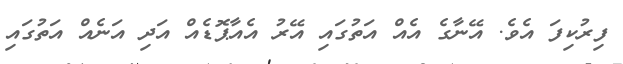
ފިރުކިފަ އެވެ. އޭނާގެ އެއް އަތުގައި އޭރު އެއާޕޮޑެއް އަދި އަނެއް އަތުގައި